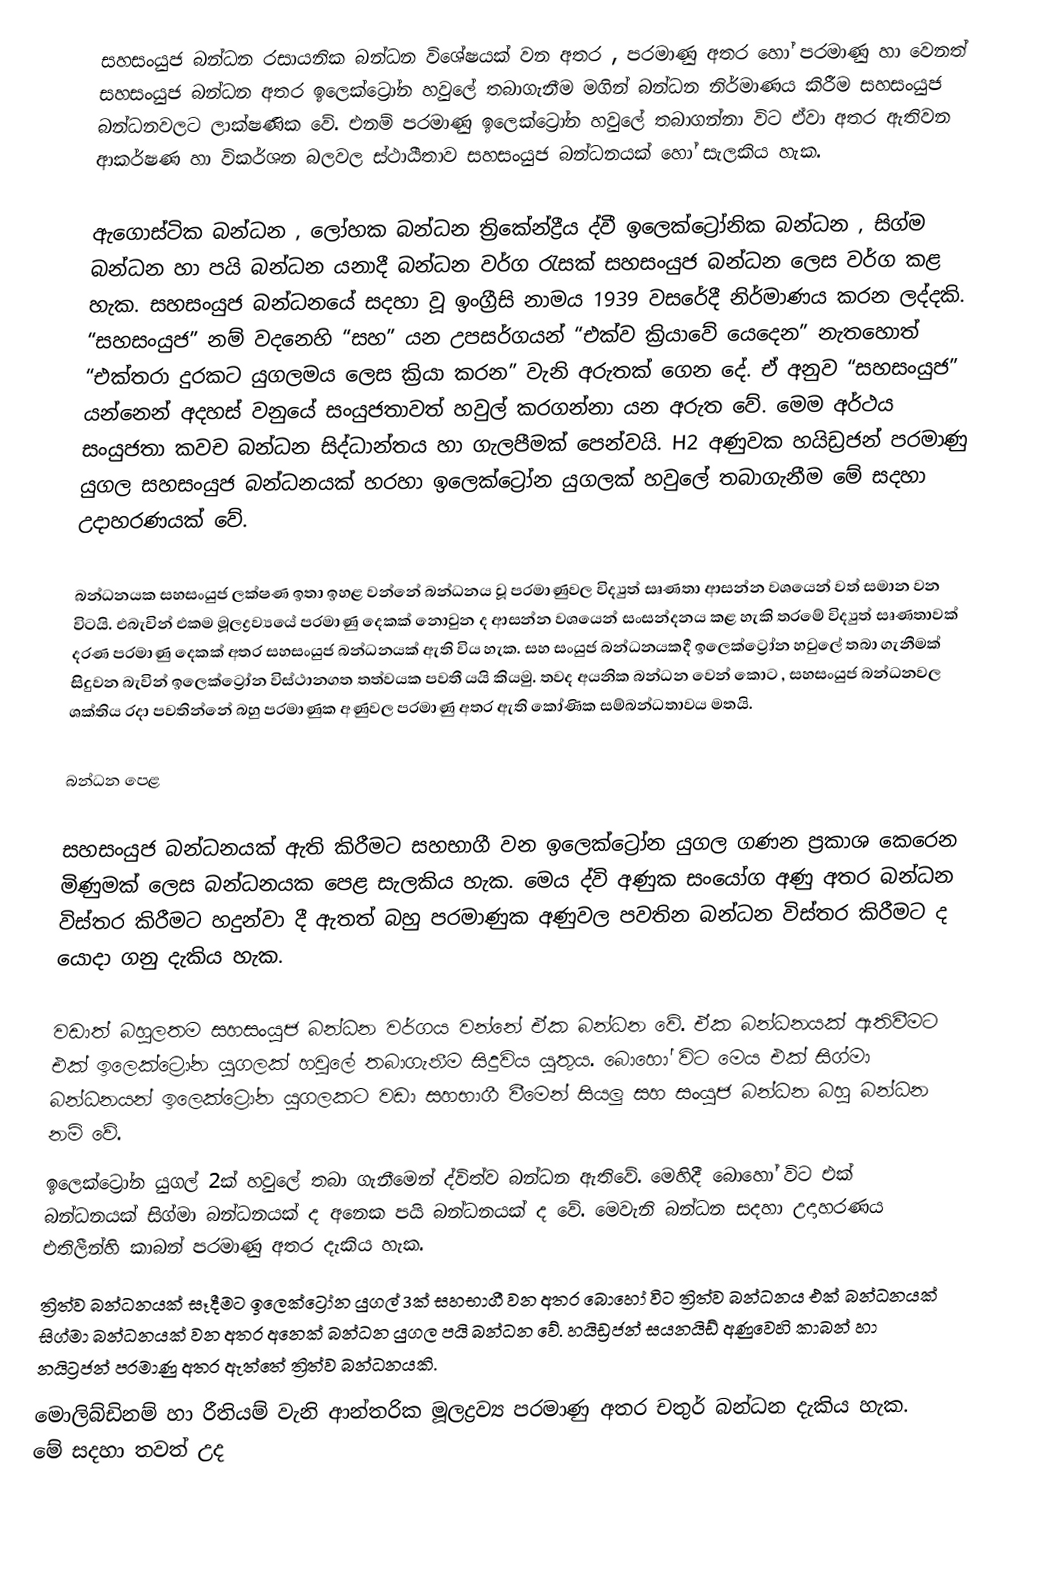
සහසංයුජ බන්ධන රසායනික බන්ධන විශේෂයක් වන අතර , පරමාණු අතර හෝ පරමාණු හා වෙනත් සහසංයුජ බන්ධන අතර ඉලෙක්ට්‍රෝන හවුලේ තබාගැනීම මගින් බන්ධන නිර්මාණය කිරීම සහසංයුජ බන්ධනවලට ලාක්ෂණික වේ. එනම් පරමාණු ඉලෙක්ට්‍රෝන හවුලේ තබාගන්නා විට ඒවා අතර ඇතිවන ආකර්ෂණ හා විකර්ශන බලවල ස්ථායීතාව සහසංයුජ බන්ධනයක් හෝ සැලකිය හැක.

ඇගොස්ටික බන්ධන , ලෝහක බන්ධන ත්‍රිකේන්ද්‍රීය ද්වී ඉලෙක්ට්‍රෝනික බන්ධන , සිග්ම බන්ධන හා පයි බන්ධන යනාදී බන්ධන වර්ග රැසක් සහසංයුජ බන්ධන ලෙස වර්ග කළ හැක. සහසංයුජ බන්ධනයේ සදහා වූ ඉංග්‍රීසි නාමය 1939 වසරේදී නිර්මාණය කරන ලද්දකි. “සහසංයුජ” නම් වදනෙහි “සහ” යන උපසර්ගයන් “එක්ව ක්‍රියාවේ යෙදෙන” නැතහොත් “එක්තරා දුරකට යුගලමය ලෙස ක්‍රියා කරන” වැනි අරුතක් ගෙන දේ. ඒ අනුව “සහසංයුජ” යන්නෙන් අදහස් වනුයේ සංයුජතාවත් හවුල් කරගන්නා යන අරුත වේ. මෙම අර්ථය සංයුජතා කවච බන්ධන සිද්ධාන්තය හා ගැලපීමක් පෙන්වයි. H2 අණුවක හයිඩ්‍රජන් පරමාණු යුගල සහසංයුජ බන්ධනයක් හරහා ඉලෙක්ට්‍රෝන යුගලක් හවුලේ තබාගැනීම මේ සදහා උදාහරණයක් වේ.

බන්ධනයක සහසංයුජ ලක්ෂණ ඉතා ඉහළ වන්නේ බන්ධනය වූ පරමාණුවල විද්‍යුත් සෘණතා ආසන්න වශයෙන් වත් ‍සමාන වන විටයි. එබැවින් එකම මූලද්‍රව්‍යයේ පරමාණු දෙකක් නොවුන ද ආසන්න වශයෙන් සංසන්දනය කළ හැකි තරමේ විද්‍යුත් සෘණතාවක් දරණ පරමාණු දෙකක් අතර සහසංයුජ බන්ධනයක් ඇති විය හැක. සහ සංයුජ බන්ධනයකදී ඉලෙක්ට්‍රෝන හවුලේ තබා ගැනීමක් සිදුවන බැවින් ඉලෙක්ට්‍රෝන විස්ථානගත තත්වයක පවතී යයි කියමු. තවද අයනික බන්ධන වෙන් කොට , සහසංයුජ බන්ධනවල ශක්තිය රදා පවතින්නේ බහු පරමාණුක අණුවල පරමාණු අතර ඇති කෝණික සම්බන්ධතාවය මතයි.

බන්ධන පෙළ

සහසංයුජ බන්ධනයක් ඇති කිරීමට සහභාගී වන ඉලෙක්ට්‍රෝන යුගල ගණන ප්‍රකාශ කෙරෙන  මිණුමක් ලෙස බන්ධනයක පෙළ සැලකිය හැක. මෙය ද්වි අණුක සංයෝග අණු අතර බන්ධන විස්තර කිරීමට හදුන්වා දී ඇතත් බහු පරමාණුක අණුවල පවතින බන්ධන විස්තර කිරීමට ද යොදා ගනු දැකිය හැක.

වඩාත් බහුලතම සහසංයුජ බන්ධන වර්ගය වන්නේ ඒක බන්ධන වේ. ඒක බන්ධනයක් ඇතිවීමට එක් ඉලෙක්ට්‍රෝන යුගලක් හවුලේ තබාගැනීම සිදුවිය යුතුය. බොහෝ විට මෙය එක් සිග්මා බන්ධනයන් ඉලෙක්ට්‍රෝන යුගලකට වඩා සහභාගී වීමෙන් සියලු සහ සංයුජ බන්ධන බහු බන්ධන නම් වේ.
ඉලෙක්ට්‍රෝන යුගල් 2ක් හවුලේ තබා ගැනීමෙන් ද්විත්ව බන්ධන ඇති‍වේ. මෙහිදී බොහෝ විට එක් බන්ධනයක් සිග්මා බන්ධනයක් ද අනෙක පයි බන්ධනයක් ද වේ. මෙවැනි බන්ධන සදහා උදාහරණය එතිලීන්හි කාබන් පරමාණු අතර දැකිය හැක.
ත්‍රිත්ව බන්ධනයක් සෑදීමට ඉලෙක්ට්‍රෝන යුගල් 3ක් සහභාගී වන අතර බොහෝ විට ත්‍රිත්ව බන්ධනය එක් බන්ධනයක් සිග්මා බන්ධනයක් වන අතර අනෙක් බන්ධන යුගල පයි බන්ධන වේ. හයිඩ්‍රජන් සයනයිඩ් අණුවෙහි කාබන් හා නයිට්‍රජන් පරමාණු අතර ඇත්තේ ත්‍රිත්ව බන්ධනයකි.
මොලිබ්ඩිනම් හා රීතියම් වැනි ආන්තරික මූලද්‍රව්‍ය පරමාණු අතර චතුර් බන්ධන දැකිය හැක. මේ සදහා තවත් උද